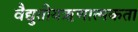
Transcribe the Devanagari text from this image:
वैद्युतीयऋणात्मकता